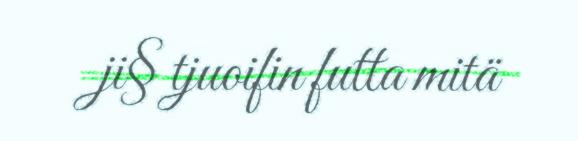
ji§ tjuoifin futta mitä